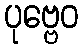
ပုဗ္ဗေဝ